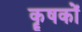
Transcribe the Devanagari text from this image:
कॄषकों